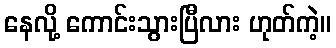
နေလို့ ကောင်းသွားပြီလား ဟုတ်ကဲ့။